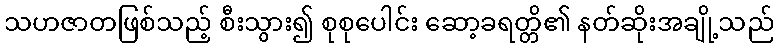
သဟဇာတဖြစ်သည့် စီးသွား၍ စုစုပေါင်း ဆော့ခရတ္တိ၏ နတ်ဆိုးအချို့သည်